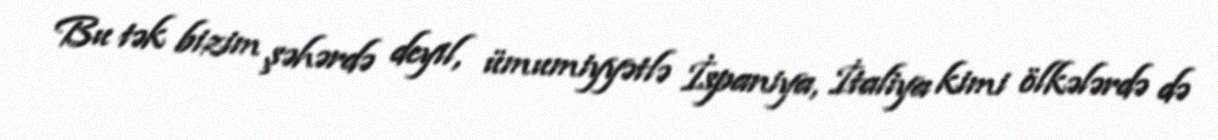
Bu tək bizim şəhərdə deyil, ümumiyyətlə İspaniya, İtaliya kimi ölkələrdə də